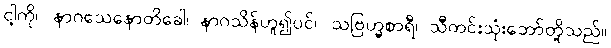
ငါ့ကို။ နာဂသေနောတိခေါ၊ နာဂသိန်ဟူ၍ပင်။ သဗြဟ္မစာရီ၊ သီတင်းသုံးဘော်တို့သည်။